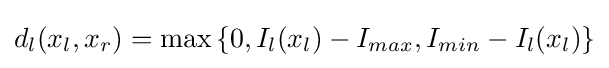
d_{l}(x_{l},x_{r})=\max \left\{0,I_{l}(x_{l})-I_{max},I_{min}-I_{l}(x_{l})\right\}